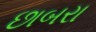
છાબરા